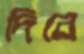
দিবে